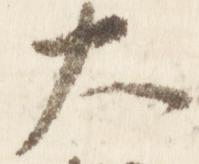
大